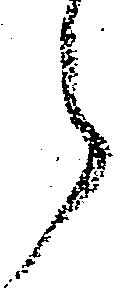
ら